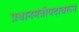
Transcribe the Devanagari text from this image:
प्रधानमंत्रीपदावरून